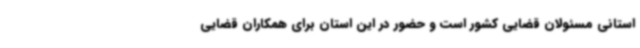
استانی مسئولان قضایی کشور است و حضور در این استان برای همکاران قضایی